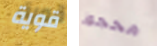
قوية محجوز